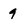
Character: 9